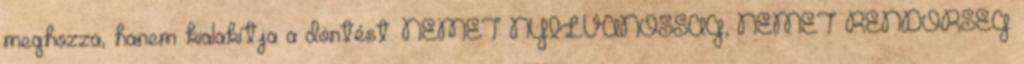
meghozza, hanem kialakítja a döntést. NÉMET NYILVÁNOSSÁG, NÉMET RENDŐRSÉG